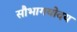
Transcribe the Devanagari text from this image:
सौभागयोदय